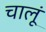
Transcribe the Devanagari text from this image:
चालूं